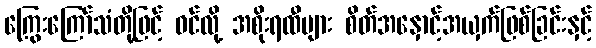
ကြွေးကြော်သံတို့ဖြင့် ဝင်လို့ အစိုးရထီများ စိတ်အနှောင့်အယှက်ဖြစ်ခြင်းနှင့်